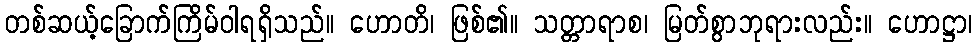
တစ်ဆယ့်ခြောက်ကြိမ်ဝါရရှိသည်။ ဟောတိ၊ ဖြစ်၏။ သတ္တာရာစ၊ မြတ်စွာဘုရားလည်း။ ဟောဋ္ဌာ၊